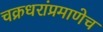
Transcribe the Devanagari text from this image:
चक्रधरांप्रमाणेच